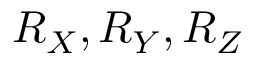
R _ { X } , R _ { Y } , R _ { Z }